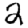
Digit: 2